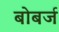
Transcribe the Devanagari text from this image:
बोबर्ज